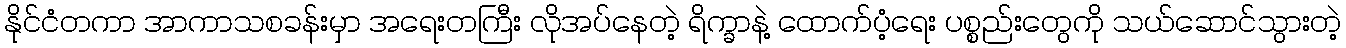
နိုင်ငံတကာ အာကာသစခန်းမှာ အရေးတကြီး လိုအပ်နေတဲ့ ရိက္ခာနဲ့ ထောက်ပံ့ရေး ပစ္စည်းတွေကို သယ်ဆောင်သွားတဲ့